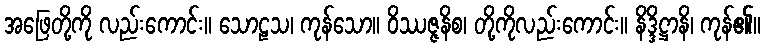
အဖြေတို့ကို လည်းကောင်း။ သောဠသ၊ ကုန်သော။ ဝိဿဇ္ဇနိစ၊ တို့ကိုလည်းကောင်း။ နိဒ္ဒိဋ္ဌာနိ၊ ကုန်၏။